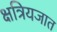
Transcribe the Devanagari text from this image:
क्षत्रियजात